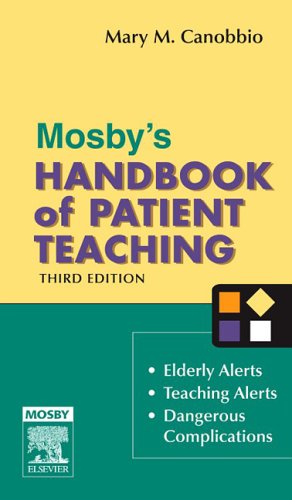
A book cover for Mosby's Handbook of Patient Teaching, 3e; Mary M. Canobbio RN  MN  FAAN; Medical Books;